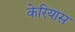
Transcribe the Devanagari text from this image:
केरियास